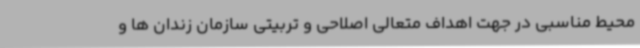
محیط مناسبی در جهت اهداف متعالی اصلاحی و تربیتی سازمان زندان ها و